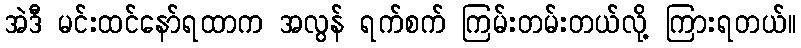
အဲဒီ မင်းထင်နော်ရထာက အလွန် ရက်စက် ကြမ်းတမ်းတယ်လို့ ကြားရတယ်။